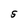
Character: S